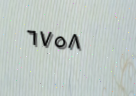
٦٧٥٨